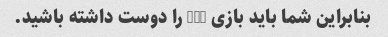
بنابراین شما باید بازی nba را دوست داشته باشید.